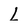
Character: L